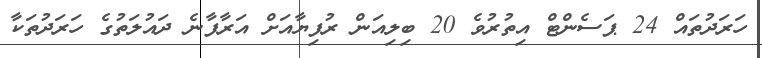
ހަރަދުތައް 24 ޕަސެންޓް އިތުރުވެ 20 ބިލިއަން ރުފިޔާއަށް އަރާފާނެ ދައުލަތުގެ ހަރަދުތަކާ